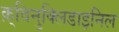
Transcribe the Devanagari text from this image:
क़्विनुक्लिडाइनिल